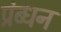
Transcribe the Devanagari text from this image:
प्रंब्धन